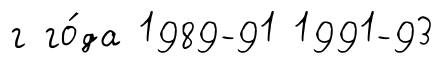
г го́да 1989-91 1991-93